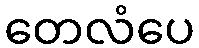
တေလံပေ